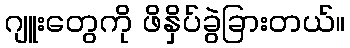
ဂျူးတွေကို ဖိနှိပ်ခွဲခြားတယ်။